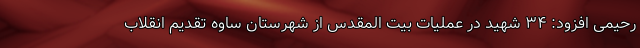
رحیمی افزود: ۳۴ شهید در عملیات بیت المقدس از شهرستان ساوه تقدیم انقلاب